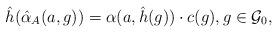
LaTeX: \begin{align*} \hat{h}(\hat{\alpha}_A(a,g))=\alpha(a, \hat{h}(g))\cdot c(g),g\in \mathcal{G}_0,\end{align*}